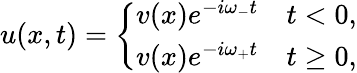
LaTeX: \begin{array}{r}{u(x,t)=\left\{ \begin{array}{ll}{v(x)e^{-i\omega_{-}t}}&{t<0,}\\ {v(x)e^{-i\omega_{+}t}}&{t\geq 0,}\end{array}\right.}\end{array}